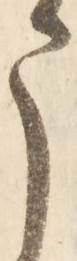
う